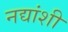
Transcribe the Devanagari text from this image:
नद्यांशी